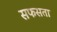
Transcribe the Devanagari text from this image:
सफसता